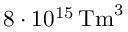
8 \cdot 1 0 ^ { 1 5 } \, \mathrm { T m } ^ { 3 }